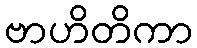
ဗာဟိတိကာ